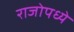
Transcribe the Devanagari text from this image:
राजोपध्ये